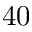
4 0